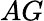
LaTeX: AG